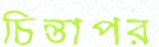
চিন্তাপর